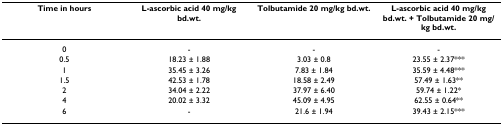
<table><thead><tr><td><b>Time in hours</b></td><td><b>L-ascorbic acid 40 mg/kg bd.wt.</b></td><td><b>Tolbutamide 20 mg/kg bd.wt.</b></td><td><b>L-ascorbic acid 40 mg/kg bd.wt. + Tolbutamide 20 mg/kg bd.wt.</b></td></tr></thead><tbody><tr><td>0</td><td>-</td><td>-</td><td>-</td></tr><tr><td>0.5</td><td>18.23 ± 1.88</td><td>3.03 ± 0.8</td><td>23.55 ± 2.37***</td></tr><tr><td>1</td><td>35.45 ± 3.26</td><td>7.83 ± 1.84</td><td>35.59 ± 4.48***</td></tr><tr><td>1.5</td><td>42.53 ± 1.78</td><td>18.58 ± 2.49</td><td>57.49 ± 1.63**</td></tr><tr><td>2</td><td>34.04 ± 2.22</td><td>37.97 ± 6.40</td><td>59.74 ± 1.22*</td></tr><tr><td>4</td><td>20.02 ± 3.32</td><td>45.09 ± 4.95</td><td>62.55 ± 0.64**</td></tr><tr><td>6</td><td>-</td><td>21.6 ± 1.94</td><td>39.43 ± 2.15***</td></tr></tbody></table>